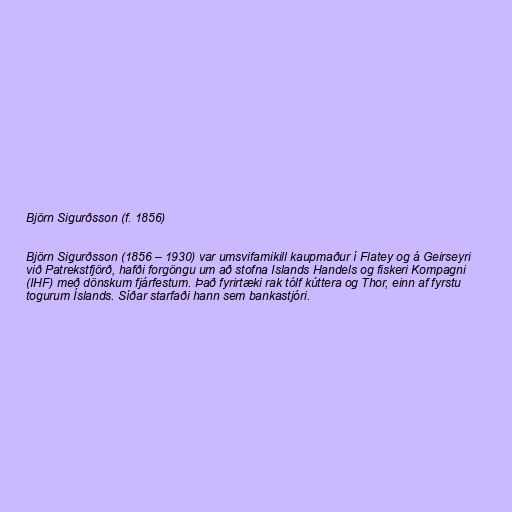
Björn Sigurðsson (f. 1856)

Björn Sigurðsson (1856 – 1930) var umsvifamikill kaupmaður í Flatey og á Geirseyri
við Patrekstfjörð, hafði forgöngu um að stofna Islands Handels og fiskeri Kompagni
(IHF) með dönskum fjárfestum. Það fyrirtæki rak tólf kúttera og Thor, einn af fyrstu
togurum Íslands. Síðar starfaði hann sem bankastjóri.